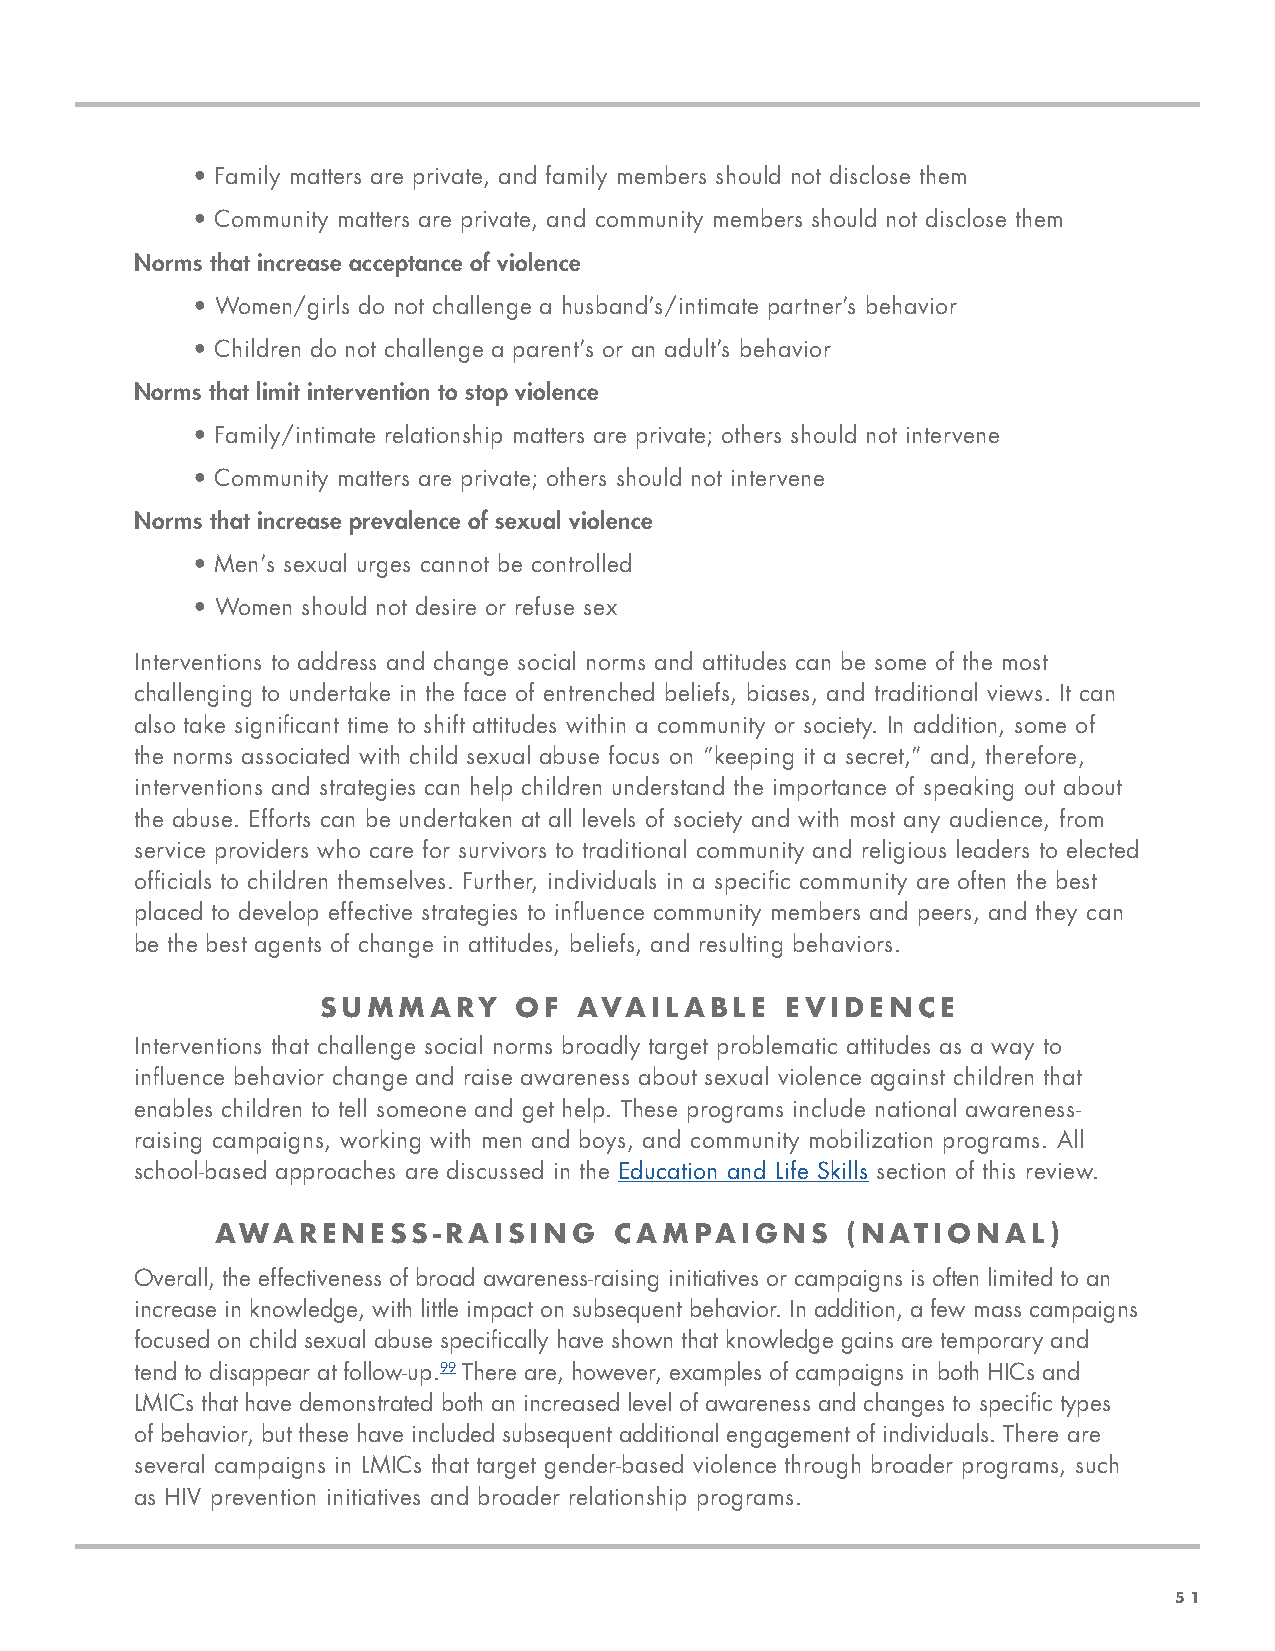
• Family matters are private, and family members should not disclose them
 • Community matters are private, and community members should not disclose them
 Norms that increase acceptance of violence
 • Women/girls do not challenge a husband’s/intimate partner’s behavior
 • Children do not challenge a parent’s or an adult’s behavior
 Norms that limit intervention to stop violence
 • Family/intimate relationship matters are private; others should not intervene
 • Community matters are private; others should not intervene
 Norms that increase prevalence of sexual violence
 • Men’s sexual urges cannot be controlled
 • Women should not desire or refuse sex
 Interventions to address and change social norms and attitudes can be some of the most
 challenging to undertake in the face of entrenched beliefs, biases, and traditional views. It can
 also take significant time to shift attitudes within a community or society. In addition, some of
 the norms associated with child sexual abuse focus on “keeping it a secret,” and, therefore,
 interventions and strategies can help children understand the importance of speaking out about
 the abuse. Efforts can be undertaken at all levels of society and with most any audience, from
 service providers who care for survivors to traditional community and religious leaders to elected
 officials to children themselves. Further, individuals in a specific community are often the best
 placed to develop effective strategies to influence community members and peers, and they can
 be the best agents of change in attitudes, beliefs, and resulting behaviors.
 SUMMARY      OF  AVAILABLE     EVIDENCE
 Interventions that challenge social norms broadly target problematic attitudes as a way to
 influence behavior change and raise awareness about sexual violence against children that
 enables children to tell someone and get help. These programs include national awareness-
 raising campaigns, working with men and boys, and community mobilization programs. All
 school-based approaches are discussed in the Education and Life Skills section of this review.
 AWARENESS-RAISING          CAMPAIGNS      (NATIONAL)
 Overall, the effectiveness of broad awareness-raising initiatives or campaigns is often limited to an
 increase in knowledge, with little impact on subsequent behavior. In addition, a few mass campaigns
 focused on child sexual abuse specifically have shown that knowledge gains are temporary and
 tend to disappear at follow-up.99 There are, however, examples of campaigns in both HICs and
 LMICs that have demonstrated both an increased level of awareness and changes to specific types
 of behavior, but these have included subsequent additional engagement of individuals. There are
 several campaigns in LMICs that target gender-based violence through broader programs, such
 as HIV prevention initiatives and broader relationship programs.
 51